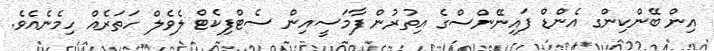
އިން ބޭންކިންގ އެންޑް ފައިނޭންސްގެ އިތުރުން ފާމަސީއިން ސެޓްފިކެޓް ލެވެލް ހަތަރެއް ހިމެނެއެވެ.